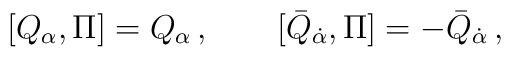
[Q_\alpha , \Pi]=Q_\alpha\,,\qquad [\bar Q_{\dot \alpha} , \Pi]=-\bar Q_{\dot\alpha}\,,